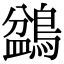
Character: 𪂽